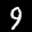
Label: 9